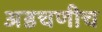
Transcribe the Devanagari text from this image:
अडचणीच